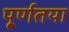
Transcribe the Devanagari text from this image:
पू्र्णतया